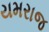
યમરાજ